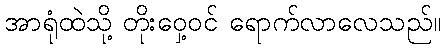
အာရုံထဲသို့ တိုးဝှေ့ဝင် ရောက်လာလေသည်။